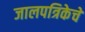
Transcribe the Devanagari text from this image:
जालपत्रिकेचे